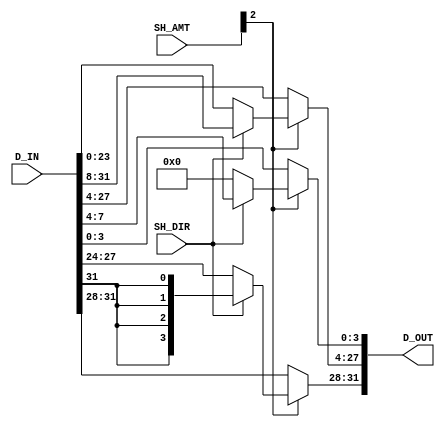
module Shifter_Amount_4(SH_DIR,SH_AMT,D_IN,D_OUT);
    input SH_DIR;
    input [4:0]SH_AMT;
    input [31:0]D_IN;
    output reg[31:0]D_OUT;


    always @(SH_DIR,SH_AMT,D_IN)
        begin
            if(SH_AMT[2]==1)
            begin
                if(SH_DIR==1'b1)    //shift-right
                    begin
                        D_OUT[27:0] <= D_IN[31:4];
                        D_OUT[31:28] <= {4{D_IN[31]}};
                    end
                else                //shift-left
                    begin
                        D_OUT[31:4]<=D_IN[27:0];
                        D_OUT[3:0]<={4{1'b0}};
                    end
            end
            else
                D_OUT<=D_IN;
        end
endmodule